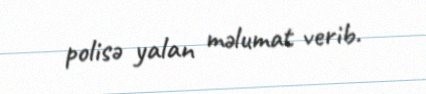
polisə yalan məlumat verib.